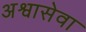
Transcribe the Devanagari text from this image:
अश्वासेवा